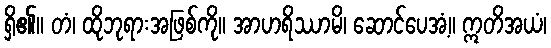
ရှိ၏။ တံ၊ ထိုဘုရားအဖြစ်ကို။ အာဟရိဿာမိ၊ ဆောင်ပေအံ့။ ဣတိအယံ၊